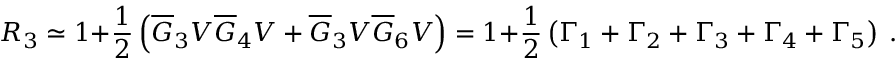
R _ { 3 } \simeq 1 + { \frac { 1 } { 2 } } \left( \overline { { G } } _ { 3 } V \overline { { G } } _ { 4 } V + \overline { { G } } _ { 3 } V \overline { { G } } _ { 6 } V \right) = 1 + { \frac { 1 } { 2 } } \left( \Gamma _ { 1 } + \Gamma _ { 2 } + \Gamma _ { 3 } + \Gamma _ { 4 } + \Gamma _ { 5 } \right) \ .